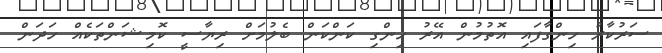
ސަރުކާރު ހިންގާފައި އޮތުމުން އޭރު ހިންގި ކަންކަން ބެލުމަށް ރިޔާސީ ކޮމިޝަންތަކެއް ހަދަން